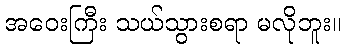
အဝေးကြီး သယ်သွားစရာ မလိုဘူး။